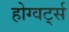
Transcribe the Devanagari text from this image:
होग्वर्ट्स